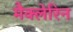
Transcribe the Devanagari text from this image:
मैक्लेरिन